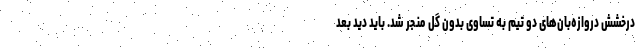
درخشش دروازه‌بان‌های دو تیم به تساوی بدون گل منجر شد. باید دید بعد